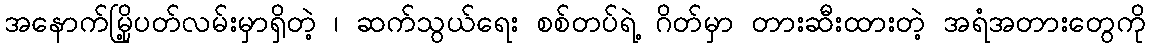
အနောက်မြို့ပတ်လမ်းမှာရှိတဲ့ ၊ ဆက်သွယ်ရေး စစ်တပ်ရဲ့ ဂိတ်မှာ တားဆီးထားတဲ့ အရံအတားတွေကို